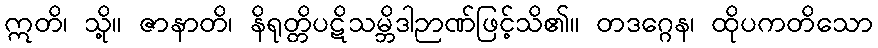
ဣတိ၊ သို့။ ဇာနာတိ၊ နိရုတ္တိပဋိသမ္ဘိဒါဉာဏ်ဖြင့်သိ၏။ တဒဂ္ဂေန၊ ထိုပကတိသော